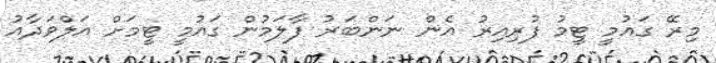
މިރޭ ގައުމީ ޓީމު ފުރިއިރު އެން ނަންބަރު ފާލަމުން ގައުމީ ޓީމަށް އަލްވަދާއު